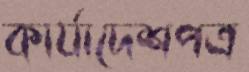
কার্যাদেশপত্র